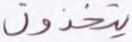
يتخذون